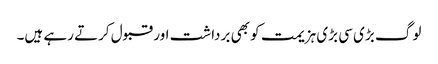
لوگ بڑی سی بڑی ہزیمت کو بھی برداشت اور قبول کرتے رہے ہیں۔